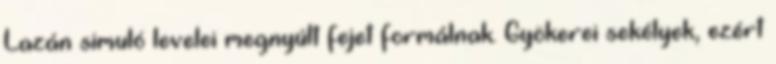
Lazán simuló levelei megnyúlt fejet formálnak. Gyökerei sekélyek, ezért